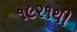
૧૯૨૧થી